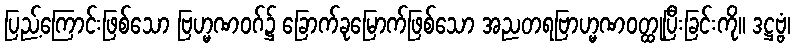
ပြည့်ကြောင်းဖြစ်သော ဗြဟ္မဏဝဂ်၌ ခြောက်ခုမြောက်ဖြစ်သော အညတရဗြာဟ္မဏဝတ္ထုပြီးခြင်းကို။ ဒဋ္ဌဗ္ဗံ၊